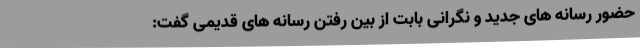
حضور رسانه های جدید و نگرانی بابت از بین رفتن رسانه های قدیمی گفت: